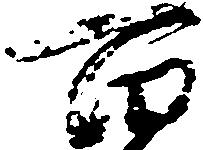
百